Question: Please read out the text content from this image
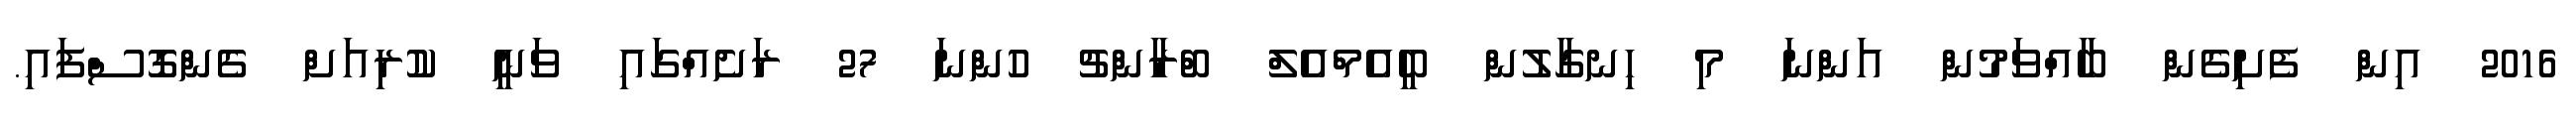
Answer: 2016 އިން ފެށިގެން ބާއްވަމުން އަންނަ މި ހިނގާލުން ބީއެމްއެލް ބްރާންޗު ހުންނަ 27 ރަށެއްގައި ވަނީ ކުރިއަށް ގެންގޮސްފައި.